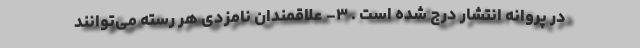
در پروانه انتشار درج شده است . ۳- علاقمندان نامزدی هر رسته می‌توانند